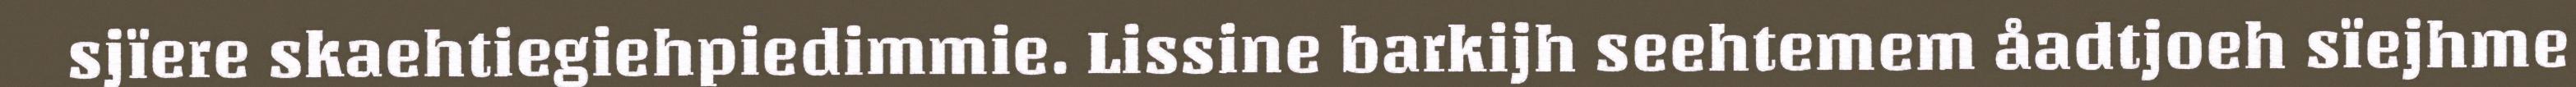
sjïere skaehtiegiehpiedimmie. Lissine barkijh seehtemem åadtjoeh sïejhme